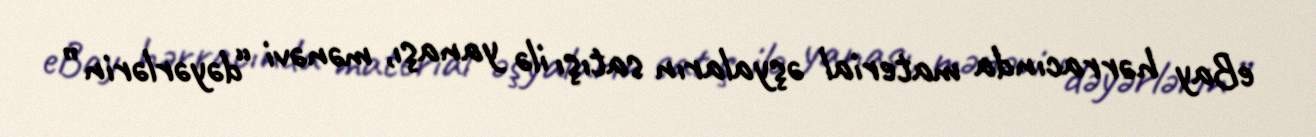
eBay hərracında material əşyaların satışı ilə yanaşı, mənəvi “dəyərlərin”